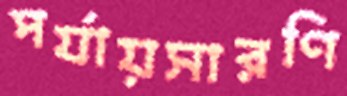
পর্যায়সারণি